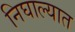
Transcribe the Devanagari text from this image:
निघाल्यात